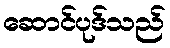
ဆောင်ပုဒ်သည်